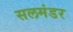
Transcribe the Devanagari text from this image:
सलमंडर